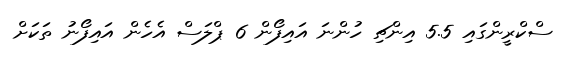
ސްކްރީންގައި 5.5 އިންޗި ހުންނަ އައިފޯން 6 ޕްލަސް އެހެން އައިފޯނު ތަކަށް